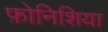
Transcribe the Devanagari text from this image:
फ़ोनिशिया